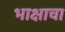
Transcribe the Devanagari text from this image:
भाक्षाचा